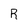
Character: R